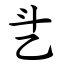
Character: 乧